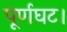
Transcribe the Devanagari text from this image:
पूर्णघट।